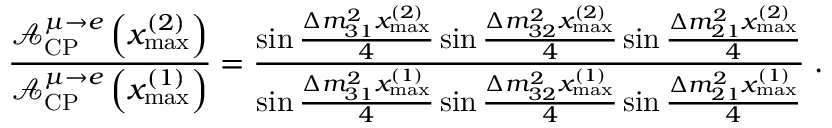
\frac { \mathcal { A } _ { \mathrm { C P } } ^ { \mu \rightarrow e } \left( x _ { \mathrm { m a x } } ^ { ( 2 ) } \right) } { \mathcal { A } _ { \mathrm { C P } } ^ { \mu \rightarrow e } \left( x _ { \mathrm { m a x } } ^ { ( 1 ) } \right) } = \frac { \sin \frac { \Delta m _ { 3 1 } ^ { 2 } x _ { \mathrm { m a x } } ^ { ( 2 ) } } { 4 } \sin \frac { \Delta m _ { 3 2 } ^ { 2 } x _ { \mathrm { m a x } } ^ { ( 2 ) } } { 4 } \sin \frac { \Delta m _ { 2 1 } ^ { 2 } x _ { \mathrm { m a x } } ^ { ( 2 ) } } { 4 } } { \sin \frac { \Delta m _ { 3 1 } ^ { 2 } x _ { \mathrm { m a x } } ^ { ( 1 ) } } { 4 } \sin \frac { \Delta m _ { 3 2 } ^ { 2 } x _ { \mathrm { m a x } } ^ { ( 1 ) } } { 4 } \sin \frac { \Delta m _ { 2 1 } ^ { 2 } x _ { \mathrm { m a x } } ^ { ( 1 ) } } { 4 } } \; .